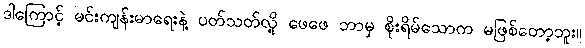
ဒါကြောင့် မင်းကျန်းမာရေးနဲ့ ပတ်သတ်လို့ ဖေဖေ ဘာမှ စိုးရိမ်သောက မဖြစ်တော့ဘူး။